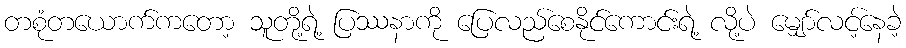
တစုံတယောက်ကတော့ သူတို့ရဲ့ ပြဿနာကို ပြေလည်စေနိုင်ကောင်းရဲ့ လို့ပဲ မျှော်လင့်နေခဲ့